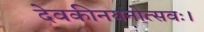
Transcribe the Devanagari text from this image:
देवकीनयनोत्सवः।